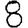
Digit: 8